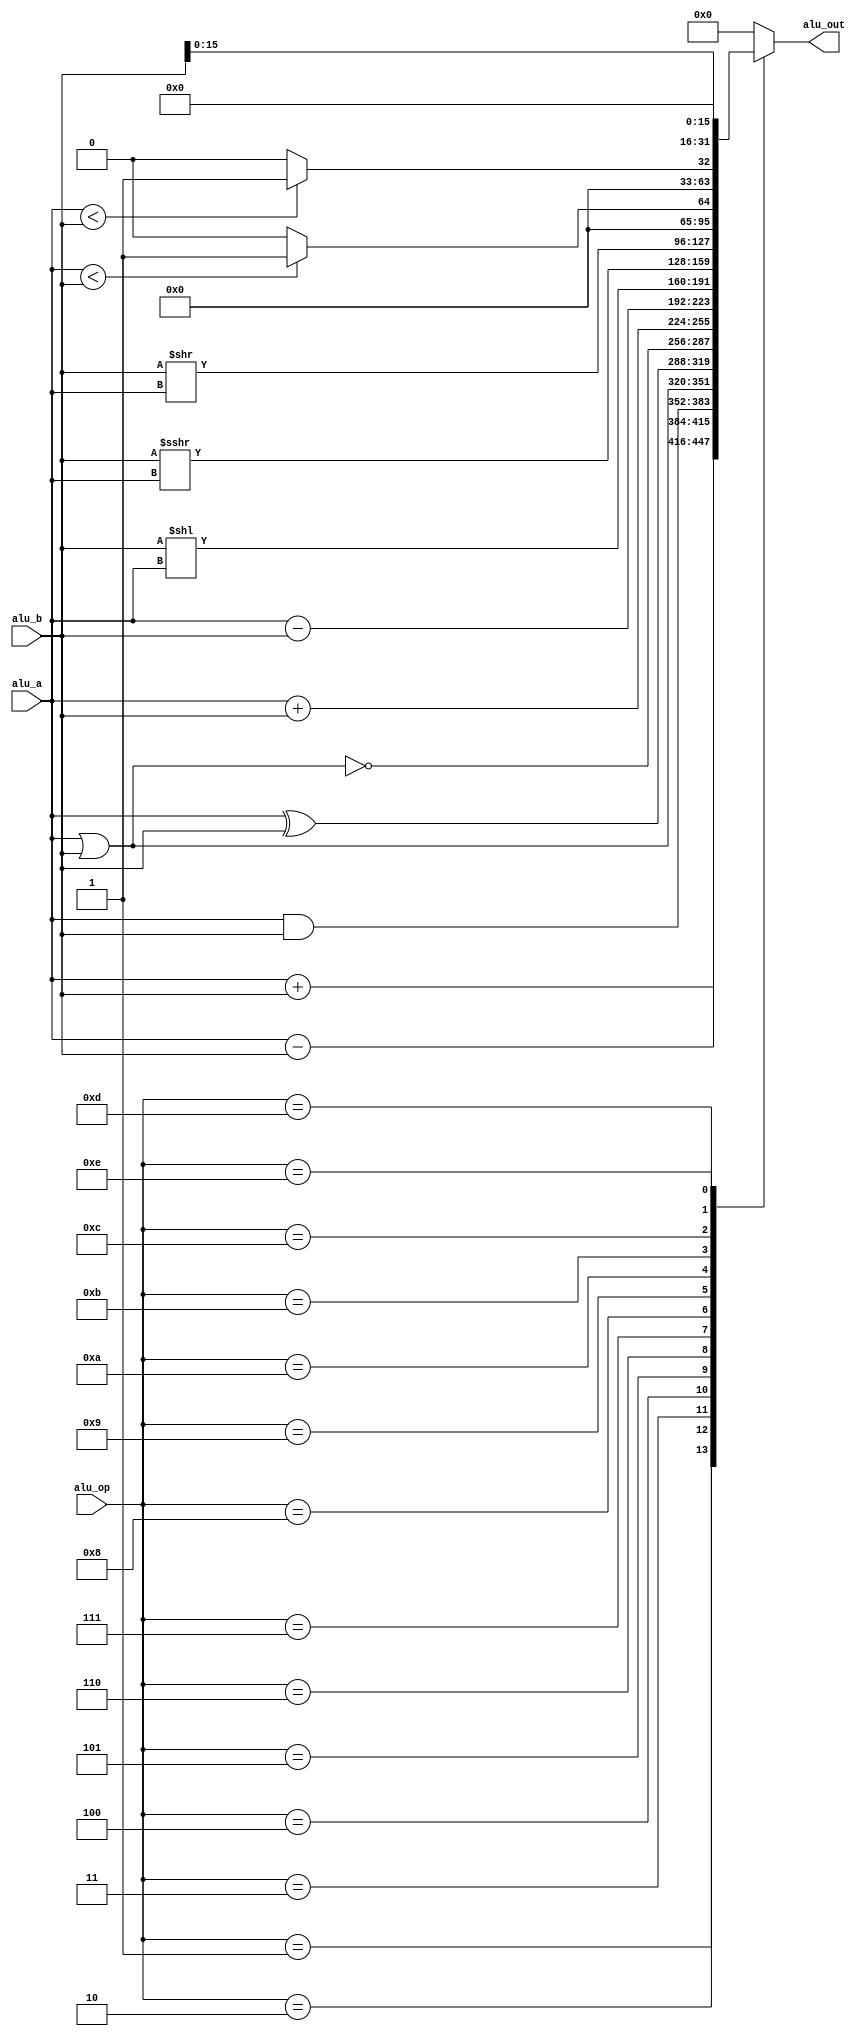
`timescale 1ns / 1ps
//////////////////////////////////////////////////////////////////////////////////
// Company: 
// Engineer: 
// 
// Design Name: 
// Module Name:    ALU 
// Project Name: 
// Target Devices: 
// Tool versions: 
// Description: 
//
// Dependencies: 
//
// Revision: 
// Revision 0.01 - File Created
// Additional Comments: 
//
//////////////////////////////////////////////////////////////////////////////////
module ALU(
  input  [31:0]alu_a,
  input  [31:0]alu_b,
  input        [4:0]alu_op,
  output   reg [31:0]alu_out
    );
 
 parameter A_NOP=5'h00;
 parameter A_ADD=5'h01;
 parameter A_SUB=5'h02;
 parameter A_AND=5'h03;
 parameter A_OR =5'h04;
 parameter A_XOR=5'h05;
 parameter A_NOR=5'h06;
 parameter A_ADDU=5'h07;
 parameter A_SUBU=5'h08;
 parameter A_LL  =5'h09;
 parameter A_RR  =5'h0A;
 parameter A_RRU =5'h0B;
 parameter A_SMALL=5'h0C;
 parameter A_SMALLU=5'h0D;
 parameter A_LUI  =5'h0E;
 
 wire signed [31:0]alu_A_signed;
 wire signed [31:0]alu_B_signed;
 
 assign alu_A_signed = alu_a;
 assign alu_B_signed = alu_b;
 
 always @(*)
 begin
 case(alu_op)
	A_ADD:  alu_out=alu_A_signed+alu_B_signed;
	A_SUB:  alu_out=alu_A_signed-alu_B_signed;
	A_AND:  alu_out=alu_a&alu_b;
	A_OR:   alu_out=alu_a|alu_b;
	A_XOR:  alu_out=alu_a^alu_b;
	A_NOR:  alu_out=~(alu_a|alu_b);
	A_ADDU: alu_out=alu_a+alu_b;
	A_SUBU: alu_out=alu_a-alu_b;
	A_LL:   alu_out=alu_b<<alu_a;
	A_RR:   alu_out=alu_b>>>alu_a;
	A_RRU:  alu_out=alu_b>>alu_a;
	A_SMALL:alu_out=(alu_A_signed<alu_B_signed)?32'd1:32'd0;
	A_SMALLU:  alu_out=(alu_a<alu_b)?32'd1:32'd0;
	A_LUI:  alu_out=alu_b<<16;
	default: alu_out=32'b0;
 endcase
 end
endmodule